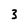
Character: 3